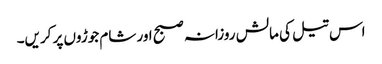
اس تیل کی مالش روزانہ صبح اور شام جوڑوں پر کریں۔